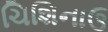
ચિશિનાઉ